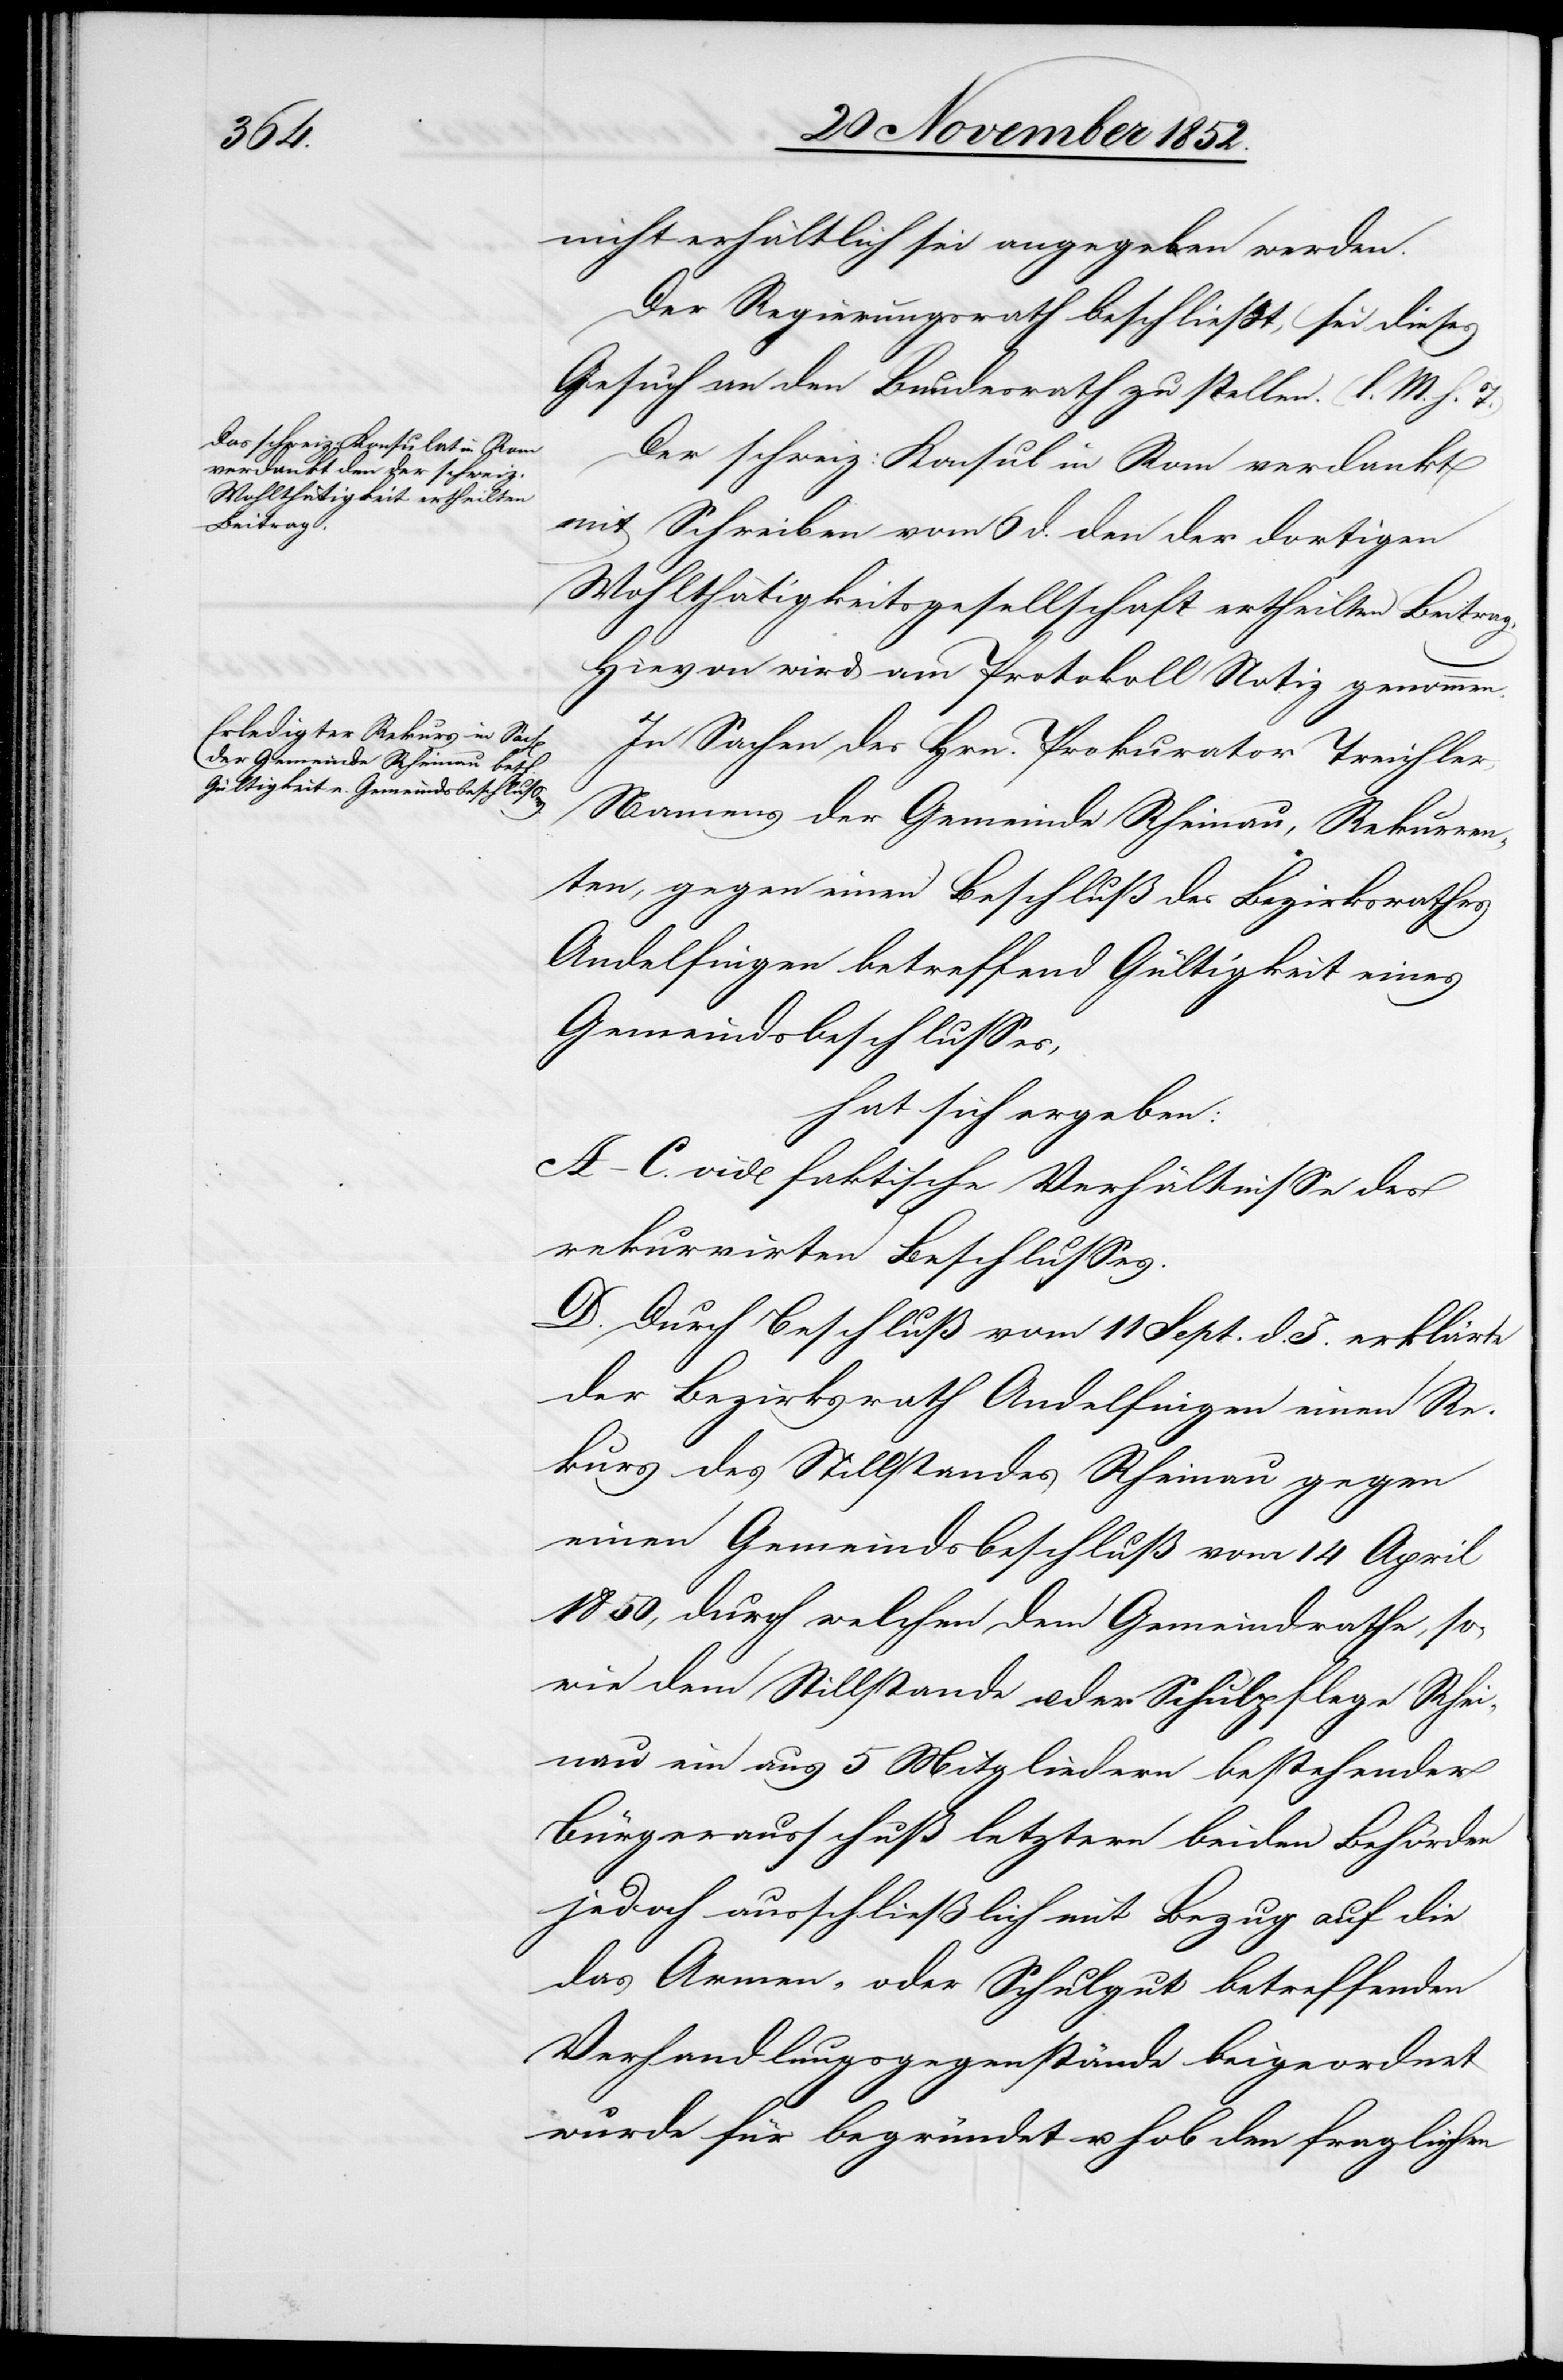
nicht erhältlich sei angegeben werden.
Der Regierungsrath beschließt, sei dieses
Gesuch an den Bundesrath zu stellen. (l. M. h. T.)
Der schweiz: Konsul in Rom verdankt
mit Schreiben vom 6 d. den der dortigen
Wohlthätigkeitsgesellschaft ertheilten Beitrag.
Hievon wird am Protokoll Notiz genommen.
In Sachen des Hrn. Prokurator Treichler,
Namens der Gemeinde Rheinau, Rekurren¬
ten, gegen einen Beschluß des Bezirksrathes
Andelfingen betreffend Gültigkeit eines
Gemeindsbeschlusses,
hat sich ergeben:
A–C. vide faktische Verhältnisse des
rekurrirten Beschlusses.
D. Durch Beschluß vom 11 Sept. d. J. erklärte
der Bezirksrath Andelfingen einen Re¬
kurs des Stillstandes Rheinau gegen
einen Gemeindsbeschluß vom 14 April
1850, durch welchen dem Gemeindrathe, so¬
wie dem Stillstande u. der Schulpflege Rhei¬
nau ein aus 5 Mitgliedern bestehender
Bürgerausschuß letztern beiden Behörden
jedoch ausschließlich mit Bezug auf die
das Armen- oder Schulgut betreffenden
Verhandlungsgegenstände beigeordnet
wurde für begründet u. hob den fraglichen